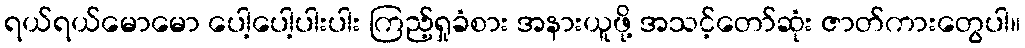
ရယ်ရယ်မောမော ပေါ့ပေါ့ပါးပါး ကြည့်ရှုခံစား အနားယူဖို့ အသင့်တော်ဆုံး ဇာတ်ကားတွေပါ။